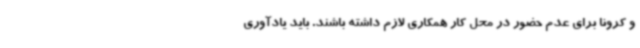
و کرونا برای عدم حضور در محل کار همکاری لازم داشته باشند. باید یادآوری